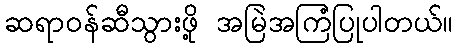
ဆရာဝန်ဆီသွားဖို့ အမြဲအကြံပြုပါတယ်။